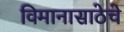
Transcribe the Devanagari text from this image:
विमानासाठेचे